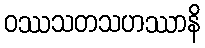
ဝဿသတသဟဿာနိ